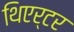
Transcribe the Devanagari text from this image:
थिएर्टर